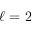
\ell = 2